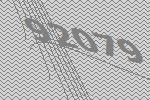
92079